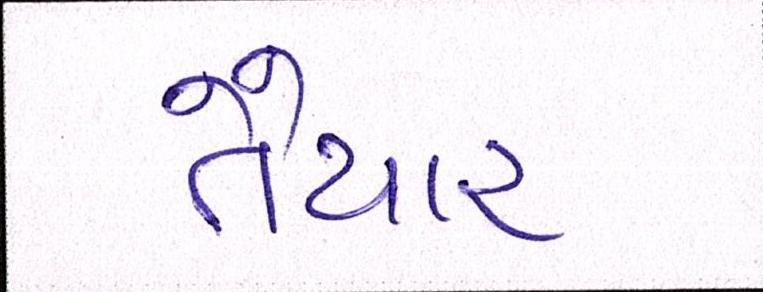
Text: તૈયાર